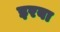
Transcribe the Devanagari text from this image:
इरबा